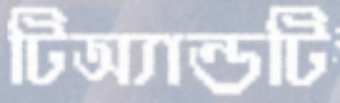
টিঅ্যান্ডটি